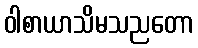
ဝါစာယာသိမသညတော